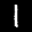
Label: 1